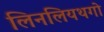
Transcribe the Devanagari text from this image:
लिनलियथगो